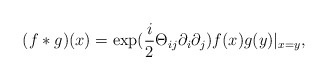
\begin{align*}(f*g)(x)=\exp (\frac{i}{2}\Theta_{ij}\partial_{i}\partial_{j})f(x)g(y)|_{x=y},\end{align*}